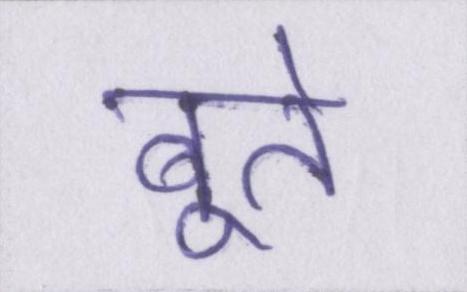
बूते